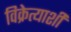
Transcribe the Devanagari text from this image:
विक्रेत्याशी